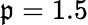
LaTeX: \mathfrak{p}=1.5